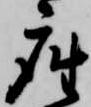
座